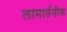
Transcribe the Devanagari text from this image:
लामार्तनीक